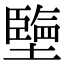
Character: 𡒓